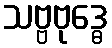
သဗ္ဗဗုဒ္ဓေ